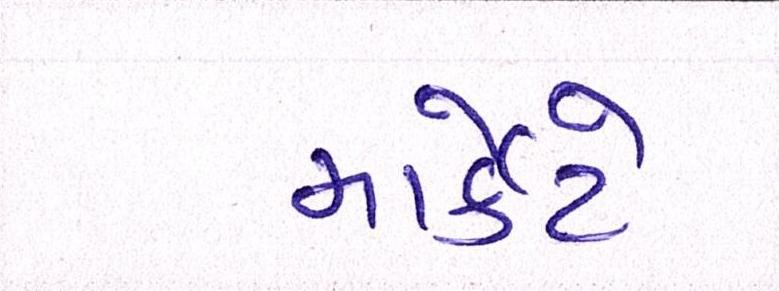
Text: માર્કેટે